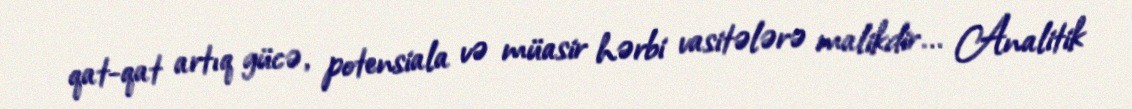
qat-qat artıq gücə, potensiala və müasir hərbi vasitələrə malikdir... Analitik